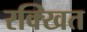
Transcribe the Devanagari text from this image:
रक्खित